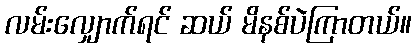
လမ်းလျှောက်ရင် ဆယ် မိနစ်ပဲကြာတယ်။